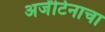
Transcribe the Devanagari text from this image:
अर्जेंटिनाचा